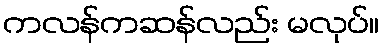
ကလန်ကဆန်လည်း မလုပ်။